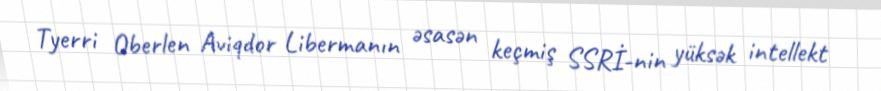
Tyerri Oberlen Aviqdor Libermanın əsasən keçmiş SSRİ-nin yüksək intellekt